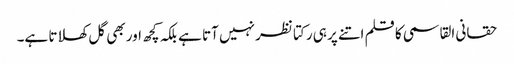
حقانی القاسمی کا قلم اتنے پر ہی رکتا نظر نہیں آتا ہے بلکہ کچھ اور بھی گل کھلاتا ہے۔